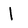
Character: l